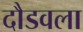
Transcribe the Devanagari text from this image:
दौडवला